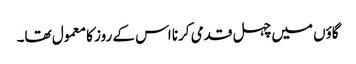
گاؤں میں چہل قدمی کرنا اس کے روز کا معمول تھا۔